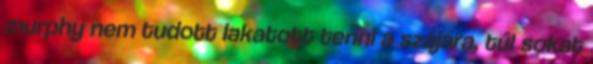
murphy nem tudott lakatott tenni a szájára, túl sokat